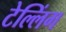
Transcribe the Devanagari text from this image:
टेल्लिंग